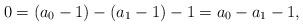
LaTeX: \begin{align*}0=(a_0-1)-(a_1-1)-1=a_0-a_1-1,\end{align*}